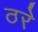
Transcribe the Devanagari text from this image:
ठरे